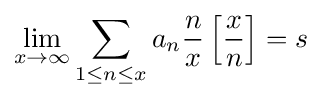
\lim _{x\rightarrow \infty }\sum _{1\leq n\leq x}a_{n}{\frac {n}{x}}\left[{\frac {x}{n}}\right]=s